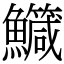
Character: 鱵